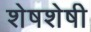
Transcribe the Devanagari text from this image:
शेषशेषी